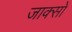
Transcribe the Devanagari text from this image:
जाक्सों